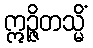
ဣဉ္ဇိတသ္မိံ